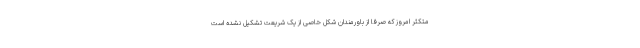
متکثر امروز که صرفا از باورمندان شکل خاصی از یک شریعت تشکیل نشده است